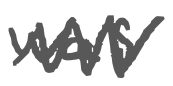
Text: was
Cross-out: zig-zag
Writing tool: digital_gray